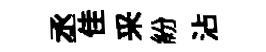
丞佳采紛沾